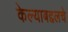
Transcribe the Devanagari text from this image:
केल्याबद्दलचे